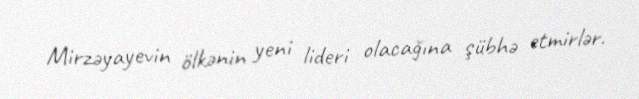
Mirzəyayevin ölkənin yeni lideri olacağına şübhə etmirlər.